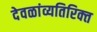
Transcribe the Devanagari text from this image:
देवळांव्यतिरिक्‍त